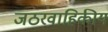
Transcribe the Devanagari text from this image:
जठरवाहिकीय